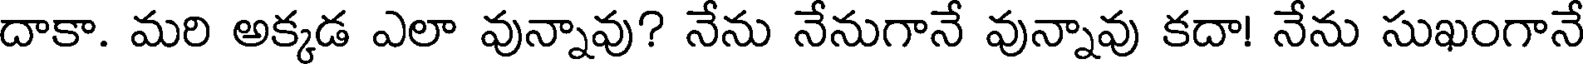
దాకా. మరి అక్కడ ఎలా వున్నావు? నేను నేనుగానే వున్నావు కదా! నేను సుఖంగానే